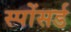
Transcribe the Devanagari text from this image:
स्पोंसर्ड